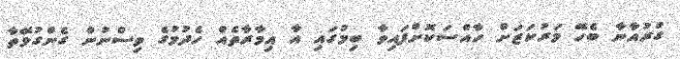
ގުރުއާނާ ބެހޭ މަރުކަޒަށް ހާއްސަކޮށްފައިވާ ބިމުގައި އާ އިމާރާތެއް ހެދުމުގެ ވިސްނުން ގެންގުޅޭތާ